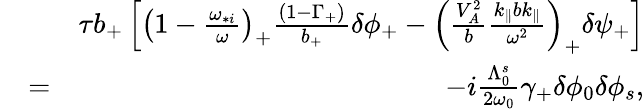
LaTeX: \begin{array}{rlr}&{}&{\tau b_{+}\left[\left(1-\frac{\omega_{*i}}{\omega}\right)_{+}\frac{(1-\Gamma_{+})}{b_{+}}\delta\phi_{+}-\left(\frac{V_{A}^{2}}{b}\frac{k_{\parallel}bk_{\parallel}}{\omega^{2}}\right)_{+}\delta\psi_{+}\right]}\\ &{=}&{-i\frac{\Lambda_{0}^{s}}{2\omega_{0}}\gamma_{+}\delta\phi_{0}\delta\phi_{s},}\end{array}